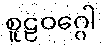
စူဠဝဂ္ဂေါ